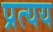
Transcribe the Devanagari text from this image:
प्रत्‍यय